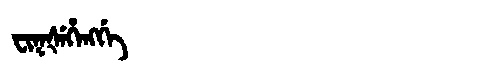
Manchu: ᠸᡳᡴᡧᡝᡥᡝᠩᡤᡝ
Romanization: FIKŠEHENGGE